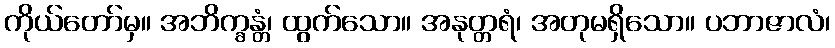
ကိုယ်တော်မှ။ အဘိက္ခန္တံ၊ ထွက်သော။ အနုတ္တရံ၊ အတုမရှိသော။ ပဘာဇာလံ၊